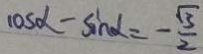
\cos \alpha - \sin \alpha = - \frac { \sqrt { 3 } } { 2 }